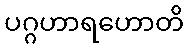
ပဂ္ဂဟာရဟောတိ